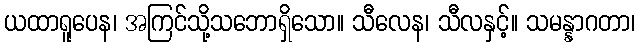
ယထာရူပေန၊ အကြင်သို့သဘောရှိသော။ သီလေန၊ သီလနှင့်။ သမန္နာဂတာ၊